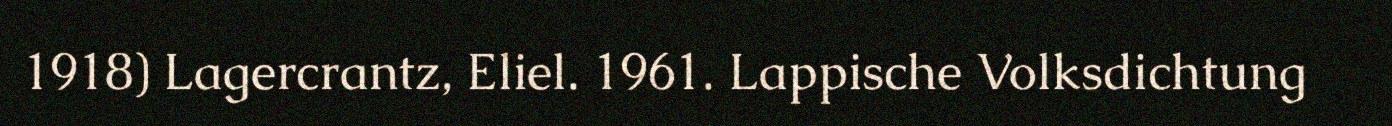
1918) Lagercrantz, Eliel. 1961. Lappische Volksdichtung